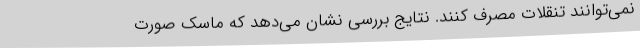
نمی‌توانند تنقلات مصرف کنند. نتایج بررسی نشان می‌دهد که ماسک صورت